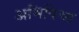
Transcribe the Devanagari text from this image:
अभिषिच्य